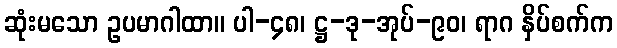
ဆုံးမသော ဥပမာဂါထာ။ ပါ-၄၈၊ ဋ္ဌ-ဒု-အုပ်-၉၀၊ ရာဂ နှိပ်စက်က